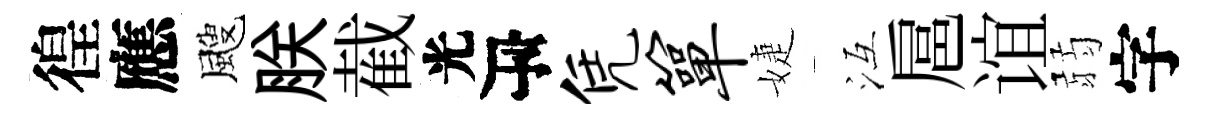
徨應颼朕截光瓴凭箪婕冱扈谊弱字